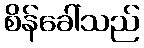
စိန်ခေါ်သည်